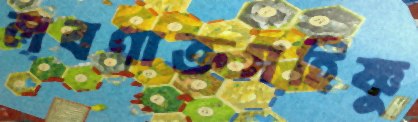
লবণাক্তসহিষ্ণু